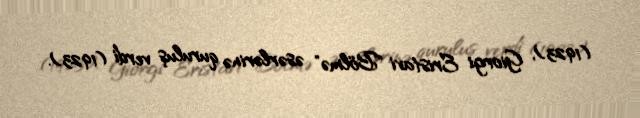
(1923), Giorgi Eristavi "Bölmə" əsərlərinə quruluş verdi (1923).